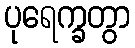
ပုရေက္ခတွာ